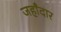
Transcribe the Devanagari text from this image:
जहाँदार